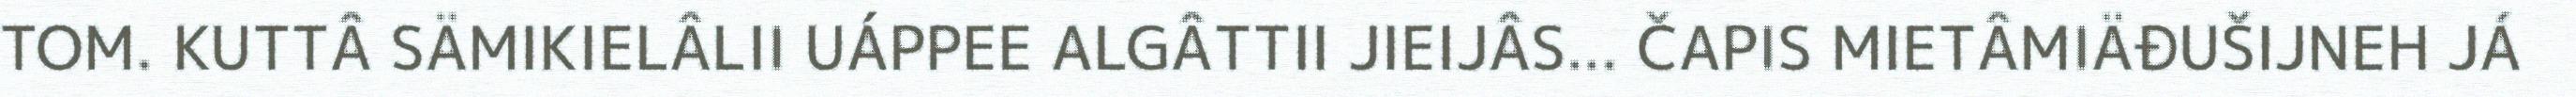
TOM. KUTTÂ SÄMIKIELÂLII UÁPPEE ALGÂTTII JIEIJÂS... ČAPIS MIETÂMIÄĐUŠIJNEH JÁ